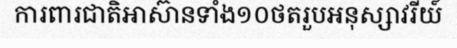
ការពារជាតិអាស៊ានទាំង១០ថតរួបអនុស្សាវរីយ៍